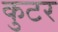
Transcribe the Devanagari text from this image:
कुटर